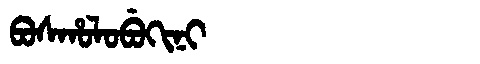
Manchu: ᠪᠣᠰᡥᠣᠯᠣᠪᡠᡴᡳᠨᡳ
Romanization: BOSHOLOBUKINI